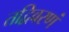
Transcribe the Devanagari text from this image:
तद्विवरणं